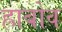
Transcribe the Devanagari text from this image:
ह्राबोव